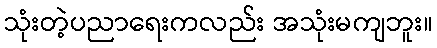
သုံးတဲ့ပညာရေးကလည်း အသုံးမကျဘူး။